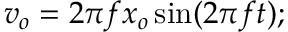
v _ { o } = 2 \pi f x _ { o } \sin ( 2 \pi f t ) ;